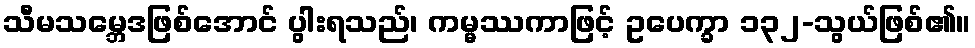
သီမသမ္ဘေဒဖြစ်အောင် ပွါးရသည်၊ ကမ္မဿကာဖြင့် ဥပေက္ခာ ၁၃၂-သွယ်ဖြစ်၏။